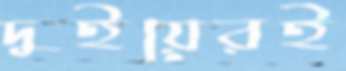
দুইয়েরই